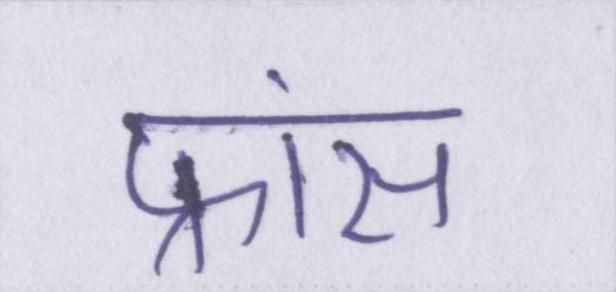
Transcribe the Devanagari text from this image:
फ्रांस